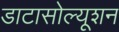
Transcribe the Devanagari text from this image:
डाटासोल्यूशन